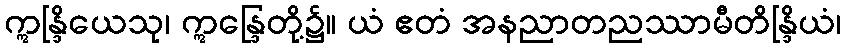
ဣန္ဒြိယေသု၊ ဣန္ဒြေတို့၌။ ယံ ဧတံ အနညာတညဿာမီတိန္ဒြိယံ၊